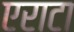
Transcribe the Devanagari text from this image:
एराटा